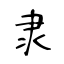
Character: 隶